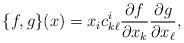
LaTeX: \begin{align*} \{f, g\}(x) = x_i c^i_{k\ell} \frac{\partial f}{\partial x_k} \frac{\partial g}{\partial x_\ell}, \end{align*}